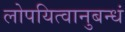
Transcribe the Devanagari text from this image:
लोपयित्वानुबन्धं